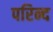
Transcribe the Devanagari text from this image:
परिन्द